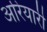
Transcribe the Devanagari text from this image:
अरियारी